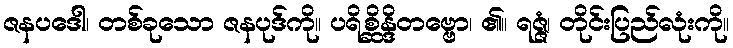
ဇနပဒေါ၊ တစ်ခုသော ဇနပုဒ်ကို။ ပရိစ္ဆိန္ဒိတဗ္ဗော၊ ၏။ ရဇ္ဇံ၊ တိုင်းပြည်လုံးကို။